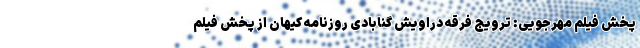
پخش فیلم مهرجویی: ترویج فرقه دراویش گنابادی روزنامه کیهان از پخش فیلم